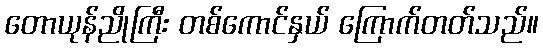
တောယုန်ညိုကြီး တစ်ကောင်နှယ် ကြောက်တတ်သည်။